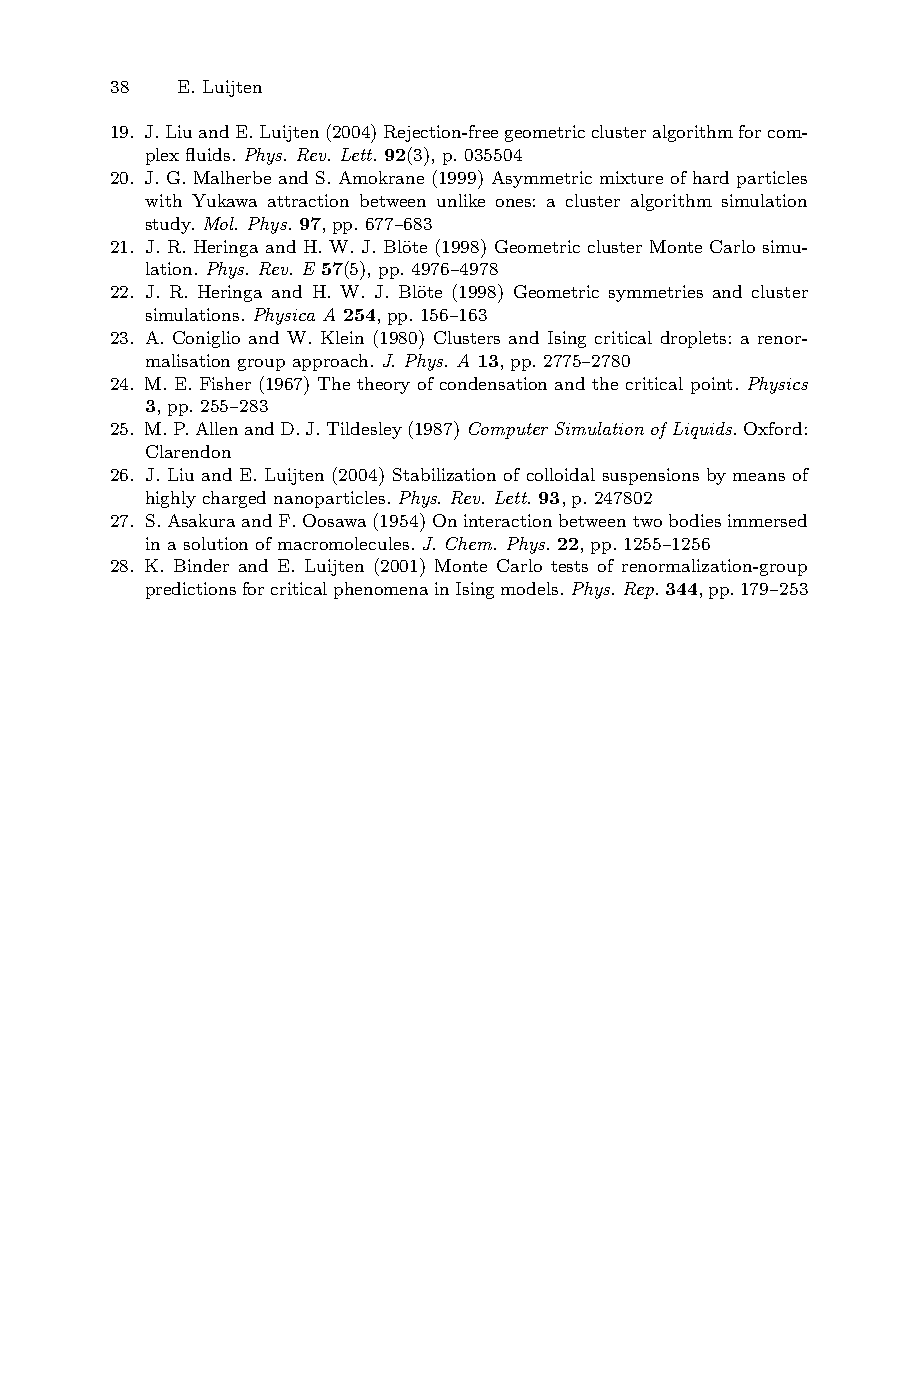
38 E. Luijten
 19. J.LiuandE.Luijten(2004)Rejection-freegeometricclusteralgorithmforcom-
 plex fluids. Phys. Rev. Lett. 92(3), p. 035504
 20. J. G. Malherbe and S. Amokrane (1999) Asymmetric mixture of hard particles
 with Yukawa attraction between unlike ones: a cluster algorithm simulation
 study. Mol. Phys. 97, pp. 677–683
 21. J. R. Heringa and H. W. J. Bl¨ote (1998) Geometric cluster Monte Carlo simu-
 lation. Phys. Rev. E 57(5), pp. 4976–4978
 22. J. R. Heringa and H. W. J. Bl¨ote (1998) Geometric symmetries and cluster
 simulations. Physica A 254, pp. 156–163
 23. A. Coniglio and W. Klein (1980) Clusters and Ising critical droplets: a renor-
 malisation group approach. J. Phys. A 13, pp. 2775–2780
 24. M. E. Fisher (1967) The theory of condensation and the critical point. Physics
 3, pp. 255–283
 25. M.P.AllenandD.J.Tildesley(1987)ComputerSimulationofLiquids. Oxford:
 Clarendon
 26. J. Liu and E. Luijten (2004) Stabilization of colloidal suspensions by means of
 highly charged nanoparticles. Phys. Rev. Lett. 93, p. 247802
 27. S.AsakuraandF.Oosawa(1954)Oninteractionbetweentwobodiesimmersed
 in a solution of macromolecules. J. Chem. Phys. 22, pp. 1255–1256
 28. K. Binder and E. Luijten (2001) Monte Carlo tests of renormalization-group
 predictionsforcriticalphenomenainIsingmodels.Phys.Rep.344,pp.179–253